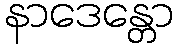
နာဒေန္တော